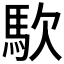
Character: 𮩹